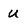
Character: U